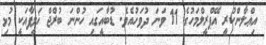
އިޢްލާންކުރީ އޭޕްރީލްމަހުގެ 11 ވަނަ ދުވަހުއެވެ. ޑުބާއީގައި ހުންނަ ބުރްޖް ޚަލީފާއަކީ މުޅި